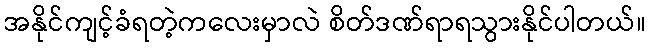
အနိုင်ကျင့်ခံရတဲ့ကလေးမှာလဲ စိတ်ဒဏ်ရာရသွားနိုင်ပါတယ်။